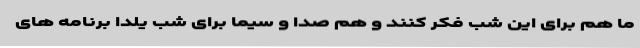
ما هم برای این شب فکر کنند و هم صدا و سیما برای شب یلدا برنامه های